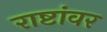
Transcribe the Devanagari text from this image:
राष्टांवर